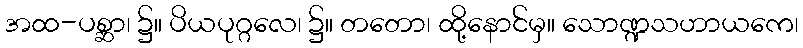
အထ-ပစ္ဆာ၊ ၌။ ပိယပုဂ္ဂလေ၊ ၌။ တတော၊ ထို့နောင်မှ။ သောဏ္ဍသဟာယကေ၊